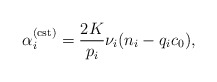
\begin{align*}\alpha_{i}^{({\rm cst})}=\frac{2K}{p_{i}}\nu_{i}(n_{i}-q_{i}c_{0}),\end{align*}